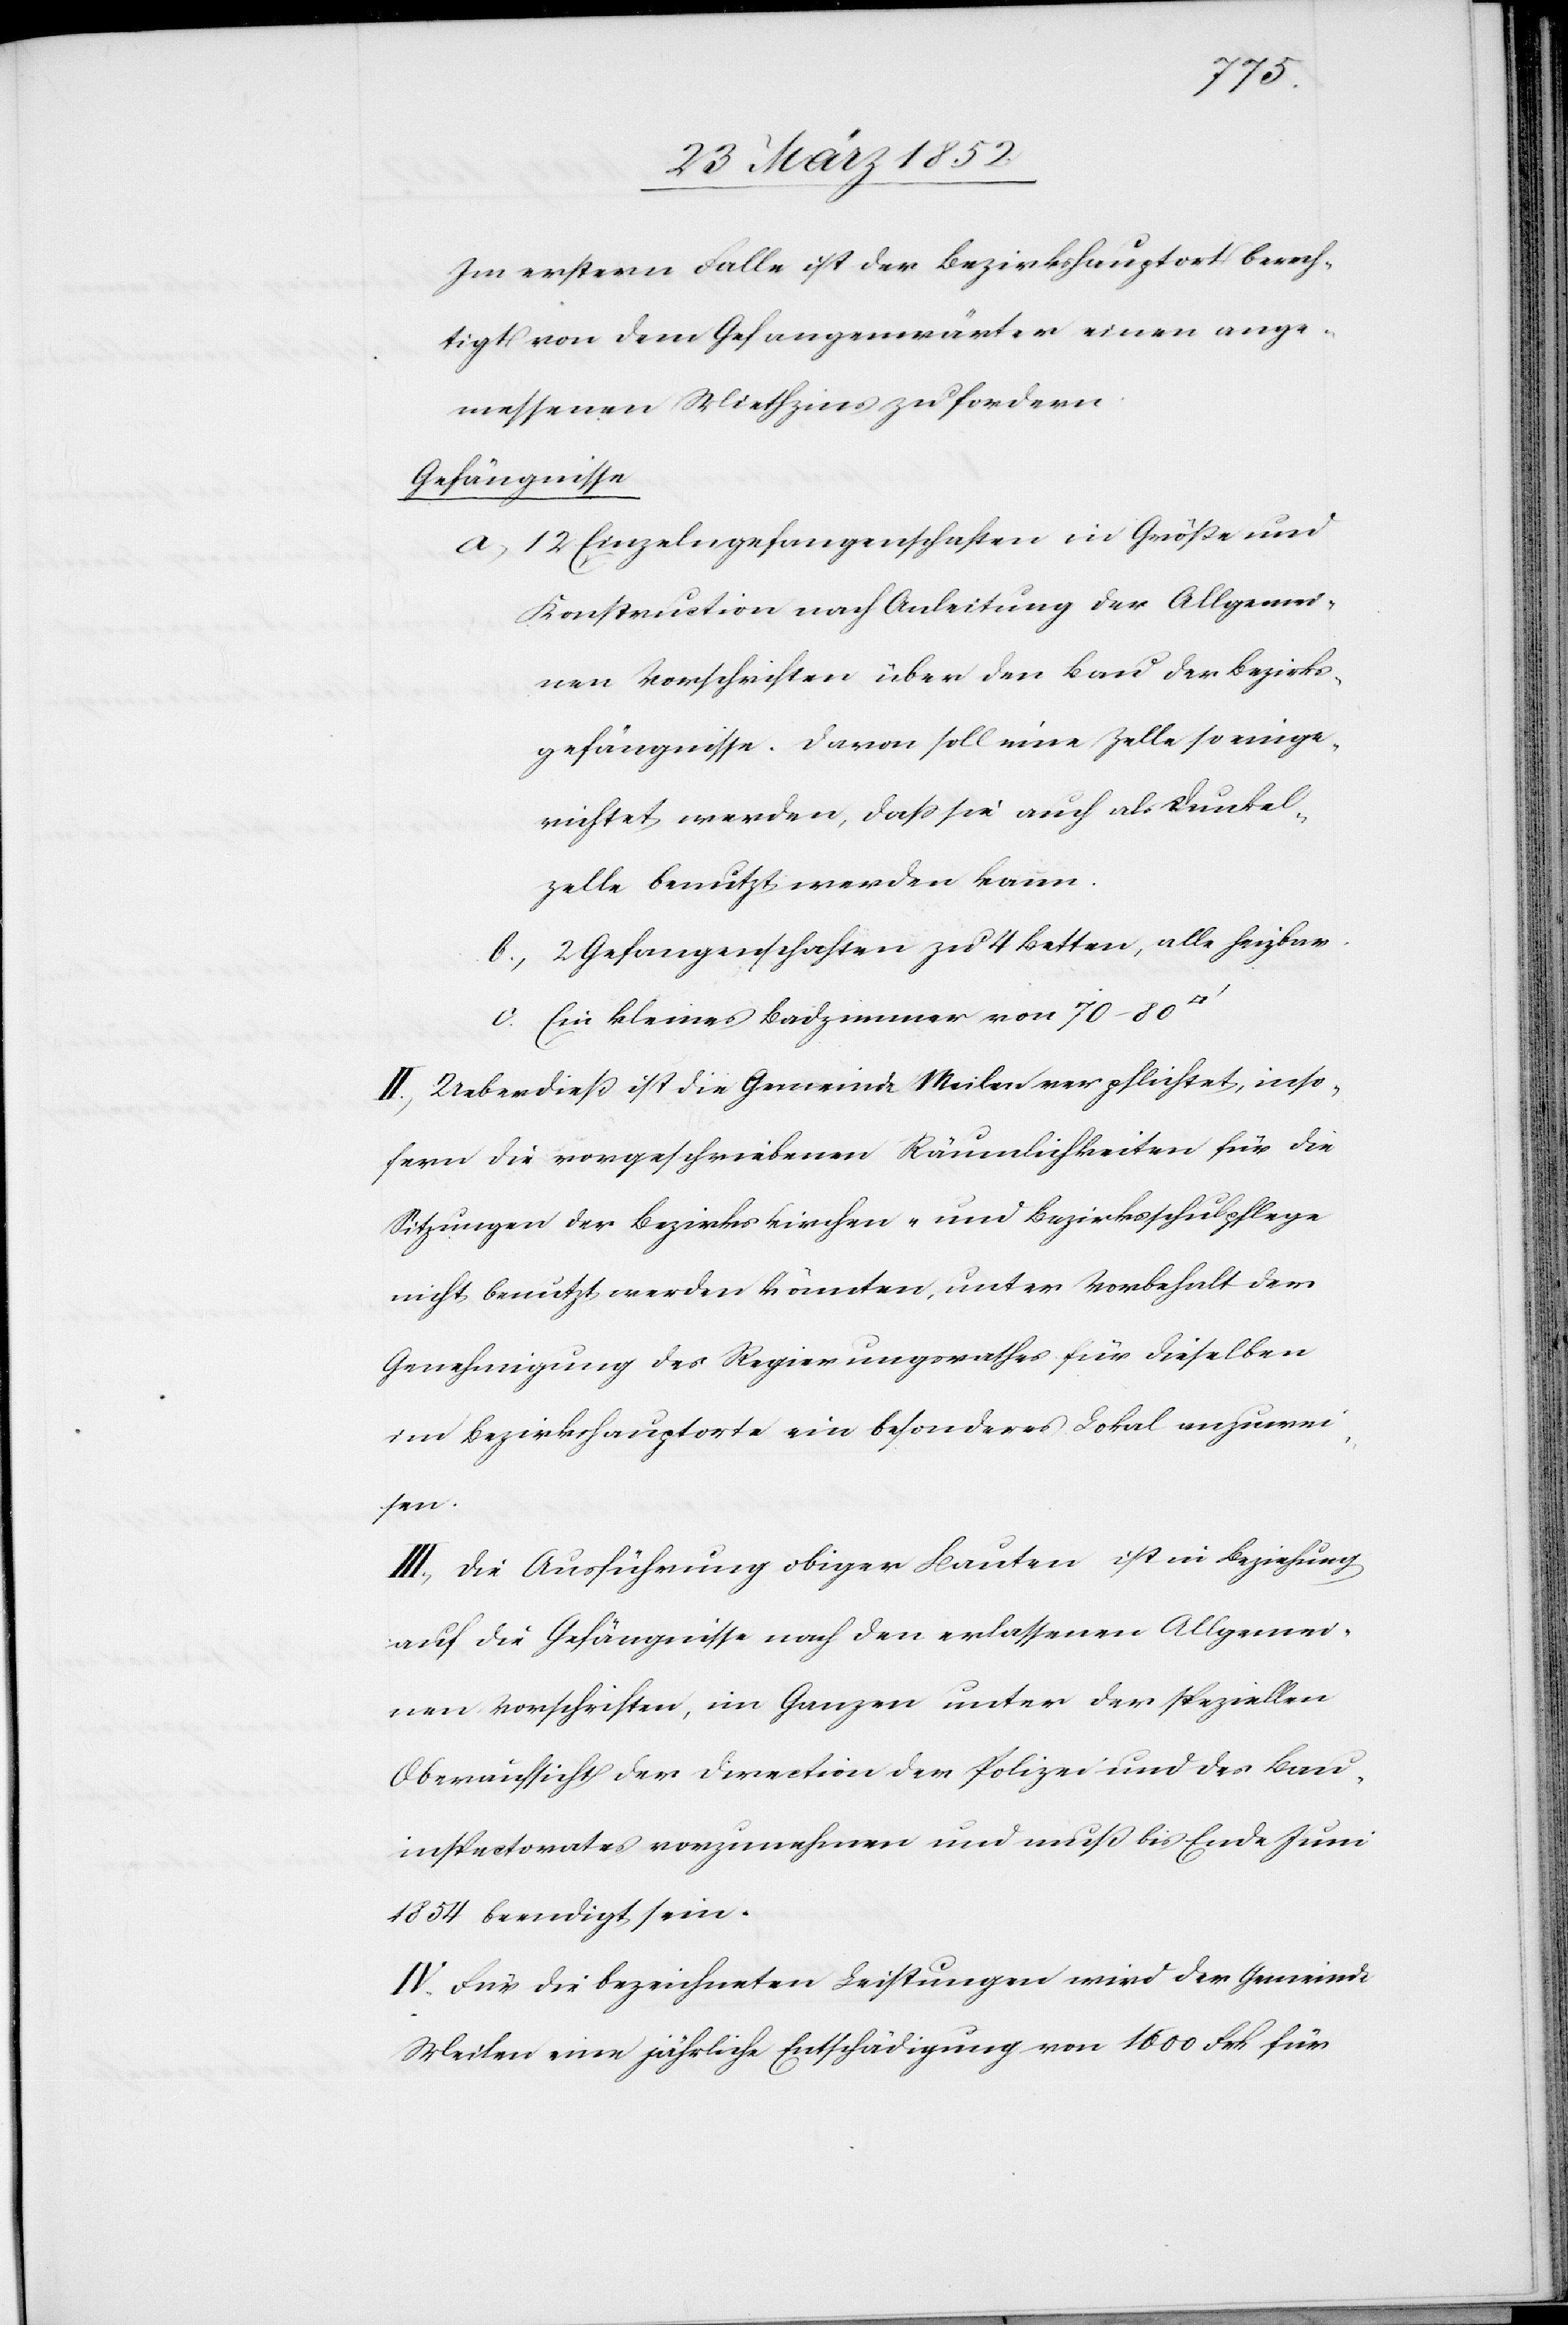
Im erstern Falle ist der Bezirkshauptort berech¬
tigt von dem Gefangenwärter einen ange¬
messenen Miethzins zu fordern.
Gefängnisse
a) 12 Einzelgefangenschaften in Größe und
Konstruction nach Anleitung der Allgemei¬
nen Vorschriften über den Bau der Bezirks¬
gefängnisse. Davon soll eine Zelle so einge¬
richtet werden, daß sie auch als Dunkel¬
zelle benutzt werden kann.
b) 2 Gefangenschaften zu 4 Betten, alle heizbar.
c) Ein kleines Badzimmer von 70–80
II. Ueberdieß ist die Gemeinde Meilen verpflichtet, inso¬
fern die vorgeschriebenen Räumlichkeiten für die
Sitzungen der Bezirkskirchen- und Bezirksschulpflege
nicht benutzt werden könnten, unter Vorbehalt der
Genehmigung des Regierungsrathes für dieselben
im Bezirkshauptorte ein besonderes Lokal anzuwei¬
sen.
III. Die Ausführung obiger Bauten ist in Beziehung
auf die Gefängnisse nach den erlassenen Allgemei¬
nen Vorschriften, im Ganzen unter der speziellen
Oberaufsicht der Direction der Polizei und des Bau¬
inspectorates vorzunehmen und muß bis Ende Juni
1852 beendigt sein.
IV. Für die bezeichneten Leistzungen wird der Gemeinde
Meilen eine jährliche Entschädigung von 1600 Frk. für